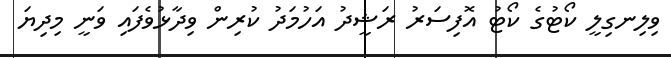
ވިލިނގިލީ ކޯޓުގެ ކޯޓު އޮފިސަރު ރަޝީދު އަހުމަދު ކުރިން ވިދާޅުވެފައި ވަނީ މިދިޔަ